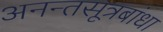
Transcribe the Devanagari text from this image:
अनन्तसूत्रबांधा